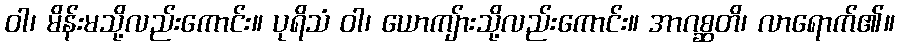
ဝါ၊ မိန်းမသို့လည်းကောင်း။ ပုရိသံ ဝါ၊ ယောကျ်ားသို့လည်းကောင်း။ အာဂစ္ဆတိ၊ လာရောက်၏။